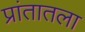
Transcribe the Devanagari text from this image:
प्रांतातला